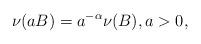
LaTeX: \begin{align*} \nu(a B)=a^{-\alpha}\nu(B),a>0,\end{align*}